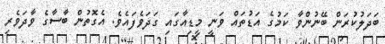
ބަދަލުކުރަން ބޭނުންވާ ކަމުގެ އަޑުތައް ވަނީ މީޑިއާގައި ގަދަވެފައެވެ. އެގޮތުން ބާސާގެ ވާދަވެރި